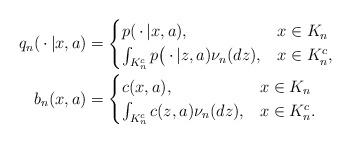
LaTeX: \begin{align*}q_n(\,\cdot\,|x,a) &= \begin{cases}p(\,\cdot\,|x,a), & x\in K_n \\\int_{K_n^c} p\bigl(\,\cdot\,|z,a) \nu_n(dz) , & x \in K_n^c,\end{cases} \\b_n(x,a) &= \begin{cases}c(x,a), & x\in K_n \\\int_{K_n^c} c(z,a) \nu_n(dz) , & x \in K_n^c. \end{cases}\end{align*}